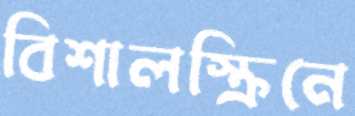
বিশালস্ক্রিনে